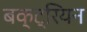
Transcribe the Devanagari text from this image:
बक्ट्रियन